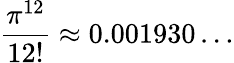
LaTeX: {\frac{\pi^{12}}{12!}}\approx 0.001930\ldots